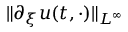
\| \partial _ { \xi } u ( t , \cdot ) \| _ { L ^ { \infty } }